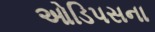
ઓડિપસના